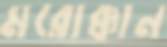
মরোক্কান